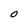
Character: O